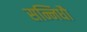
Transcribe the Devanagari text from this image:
सन्निधौ